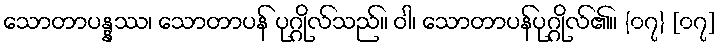
သောတာပန္နဿ၊ သောတာပန် ပုဂ္ဂိုလ်သည်။ ဝါ၊ သောတာပန်ပုဂ္ဂိုလ်၏။ {၀၇} [၀၇]